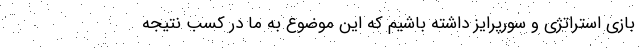
بازی استراتژی و سورپرایز داشته باشیم که این موضوع به ما در کسب نتیجه